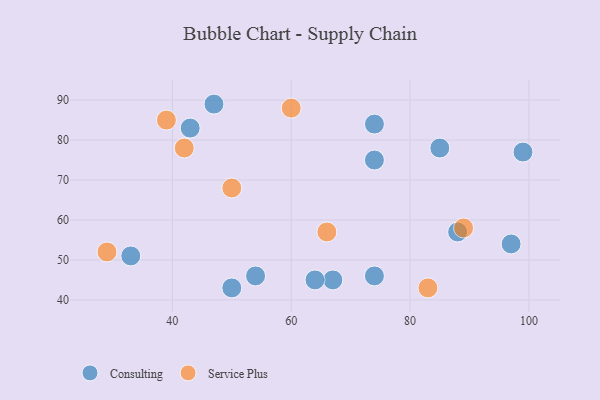
{"axis": {"x": "GDP", "y": "Life Expectancy"}, "legend": ["Consulting", "Service Plus"], "data": [{"x": "50", "y": 43, "type": "Consulting"}, {"x": "54", "y": 46, "type": "Consulting"}, {"x": "99", "y": 77, "type": "Consulting"}, {"x": "74", "y": 75, "type": "Consulting"}, {"x": "74", "y": 84, "type": "Consulting"}, {"x": "47", "y": 89, "type": "Consulting"}, {"x": "33", "y": 51, "type": "Consulting"}, {"x": "74", "y": 46, "type": "Consulting"}, {"x": "43", "y": 83, "type": "Consulting"}, {"x": "97", "y": 54, "type": "Consulting"}, {"x": "88", "y": 57, "type": "Consulting"}, {"x": "85", "y": 78, "type": "Consulting"}, {"x": "67", "y": 45, "type": "Consulting"}, {"x": "64", "y": 45, "type": "Consulting"}, {"x": "60", "y": 88, "type": "Service Plus"}, {"x": "66", "y": 57, "type": "Service Plus"}, {"x": "89", "y": 58, "type": "Service Plus"}, {"x": "42", "y": 78, "type": "Service Plus"}, {"x": "39", "y": 85, "type": "Service Plus"}, {"x": "29", "y": 52, "type": "Service Plus"}, {"x": "50", "y": 68, "type": "Service Plus"}, {"x": "83", "y": 43, "type": "Service Plus"}]}